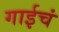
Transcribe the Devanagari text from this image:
गाईचं